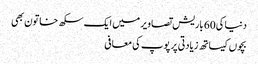
دنیا کی 60 باریش تصاویر میں ایک سکھ خاتون بھی
بچوں کیساتھ زیادتی پر پوپ کی معافی